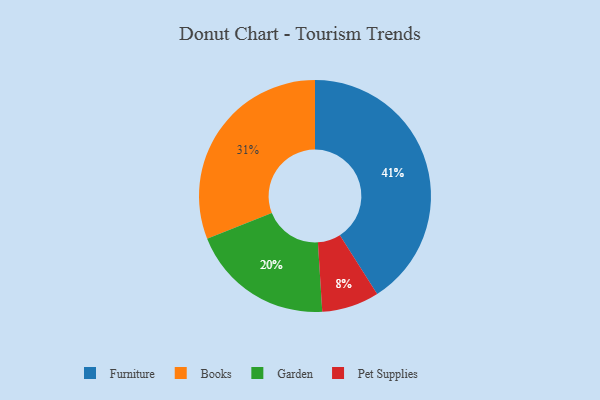
{"axis": {"x": "Category", "y": "Percentage"}, "legend": ["Books", "Furniture", "Garden", "Pet Supplies"], "data": [{"x": "Books", "y": 31, "type": "Books"}, {"x": "Pet Supplies", "y": 8, "type": "Pet Supplies"}, {"x": "Garden", "y": 20, "type": "Garden"}, {"x": "Furniture", "y": 41, "type": "Furniture"}]}